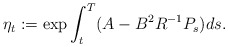
\begin{align*} \eta_t:=\exp\int_t^T(A-B^2R^{-1}P_s)ds.\end{align*}